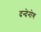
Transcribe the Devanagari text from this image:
दन्देनोग